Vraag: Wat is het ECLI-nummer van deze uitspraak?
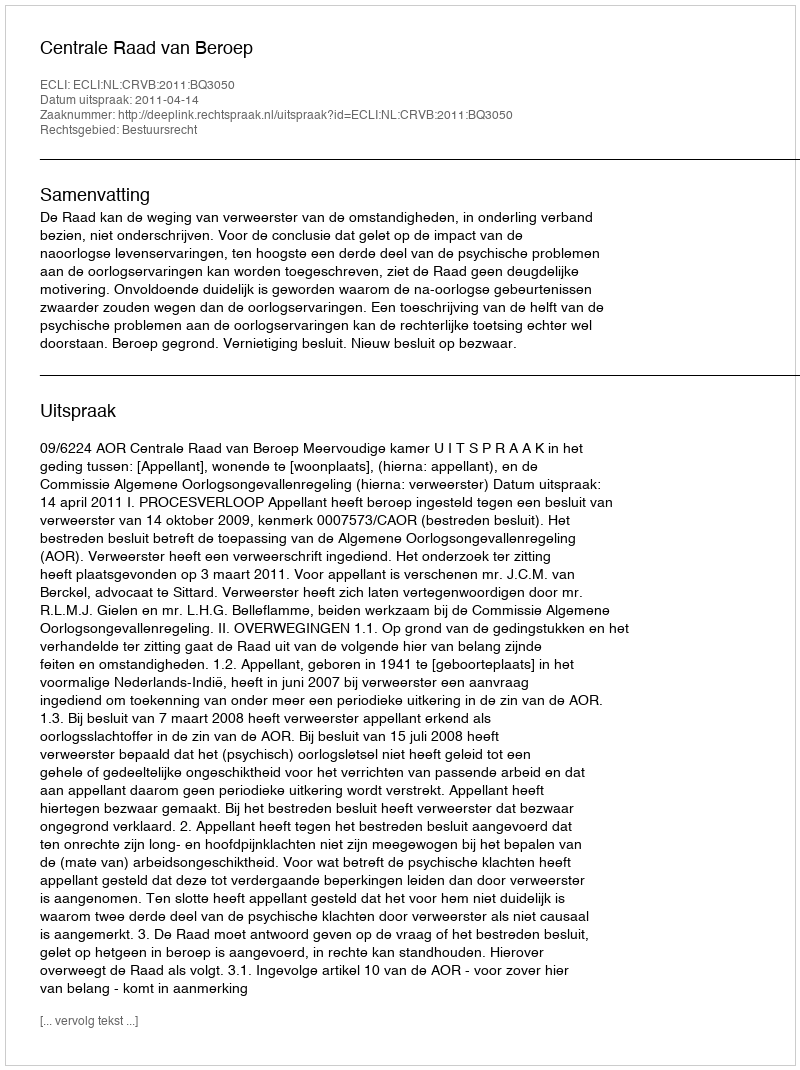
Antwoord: ECLI:NL:CRVB:2011:BQ3050